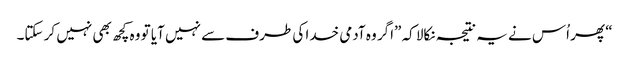
‏“‏ پھر اُس نے یہ نتیجہ نکالا کہ ”‏اگر وہ آدمی خدا کی طرف سے نہیں آیا تو وہ کچھ بھی نہیں کر سکتا۔